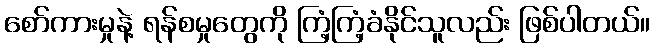
စော်ကားမှုနဲ့ ရန်စမှုတွေကို ကြံ့ကြံ့ခံနိုင်သူလည်း ဖြစ်ပါတယ်။